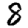
Digit: 8